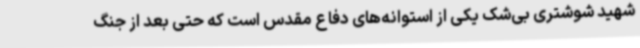
شهید شوشتری بی‌شک یکی از استوانه‌های دفاع مقدس است که حتی بعد از جنگ